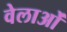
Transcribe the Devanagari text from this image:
वेलाओं